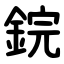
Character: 鋎